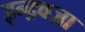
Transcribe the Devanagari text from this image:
इन्द्रवज्रा